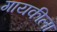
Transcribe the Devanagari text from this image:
गायकीला